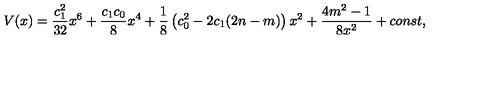
V ( x ) = \frac { c _ { 1 } ^ { 2 } } { 3 2 } x ^ { 6 } + \frac { c _ { 1 } c _ { 0 } } 8 x ^ { 4 } + \frac 1 8 \left( c _ { 0 } ^ { 2 } - 2 c _ { 1 } ( 2 n - m ) \right) x ^ { 2 } + \frac { 4 m ^ { 2 } - 1 } { 8 x ^ { 2 } } + c o n s t ,